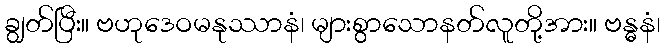
ချွတ်ပြီး။ ဗဟုဒေဝမနုဿာနံ၊ များစွာသောနတ်လူတို့အား။ ဗန္ဓနံ၊